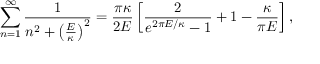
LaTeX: \sum _ { n = 1 } ^ { \infty } { \frac { 1 } { n ^ { 2 } + \left( { \frac { E } { \kappa } } \right) ^ { 2 } } } = { \frac { \pi \kappa } { 2 E } } \left[ { \frac { 2 } { e ^ { 2 \pi E / \kappa } - 1 } } + 1 - { \frac { \kappa } { \pi E } } \right] ,